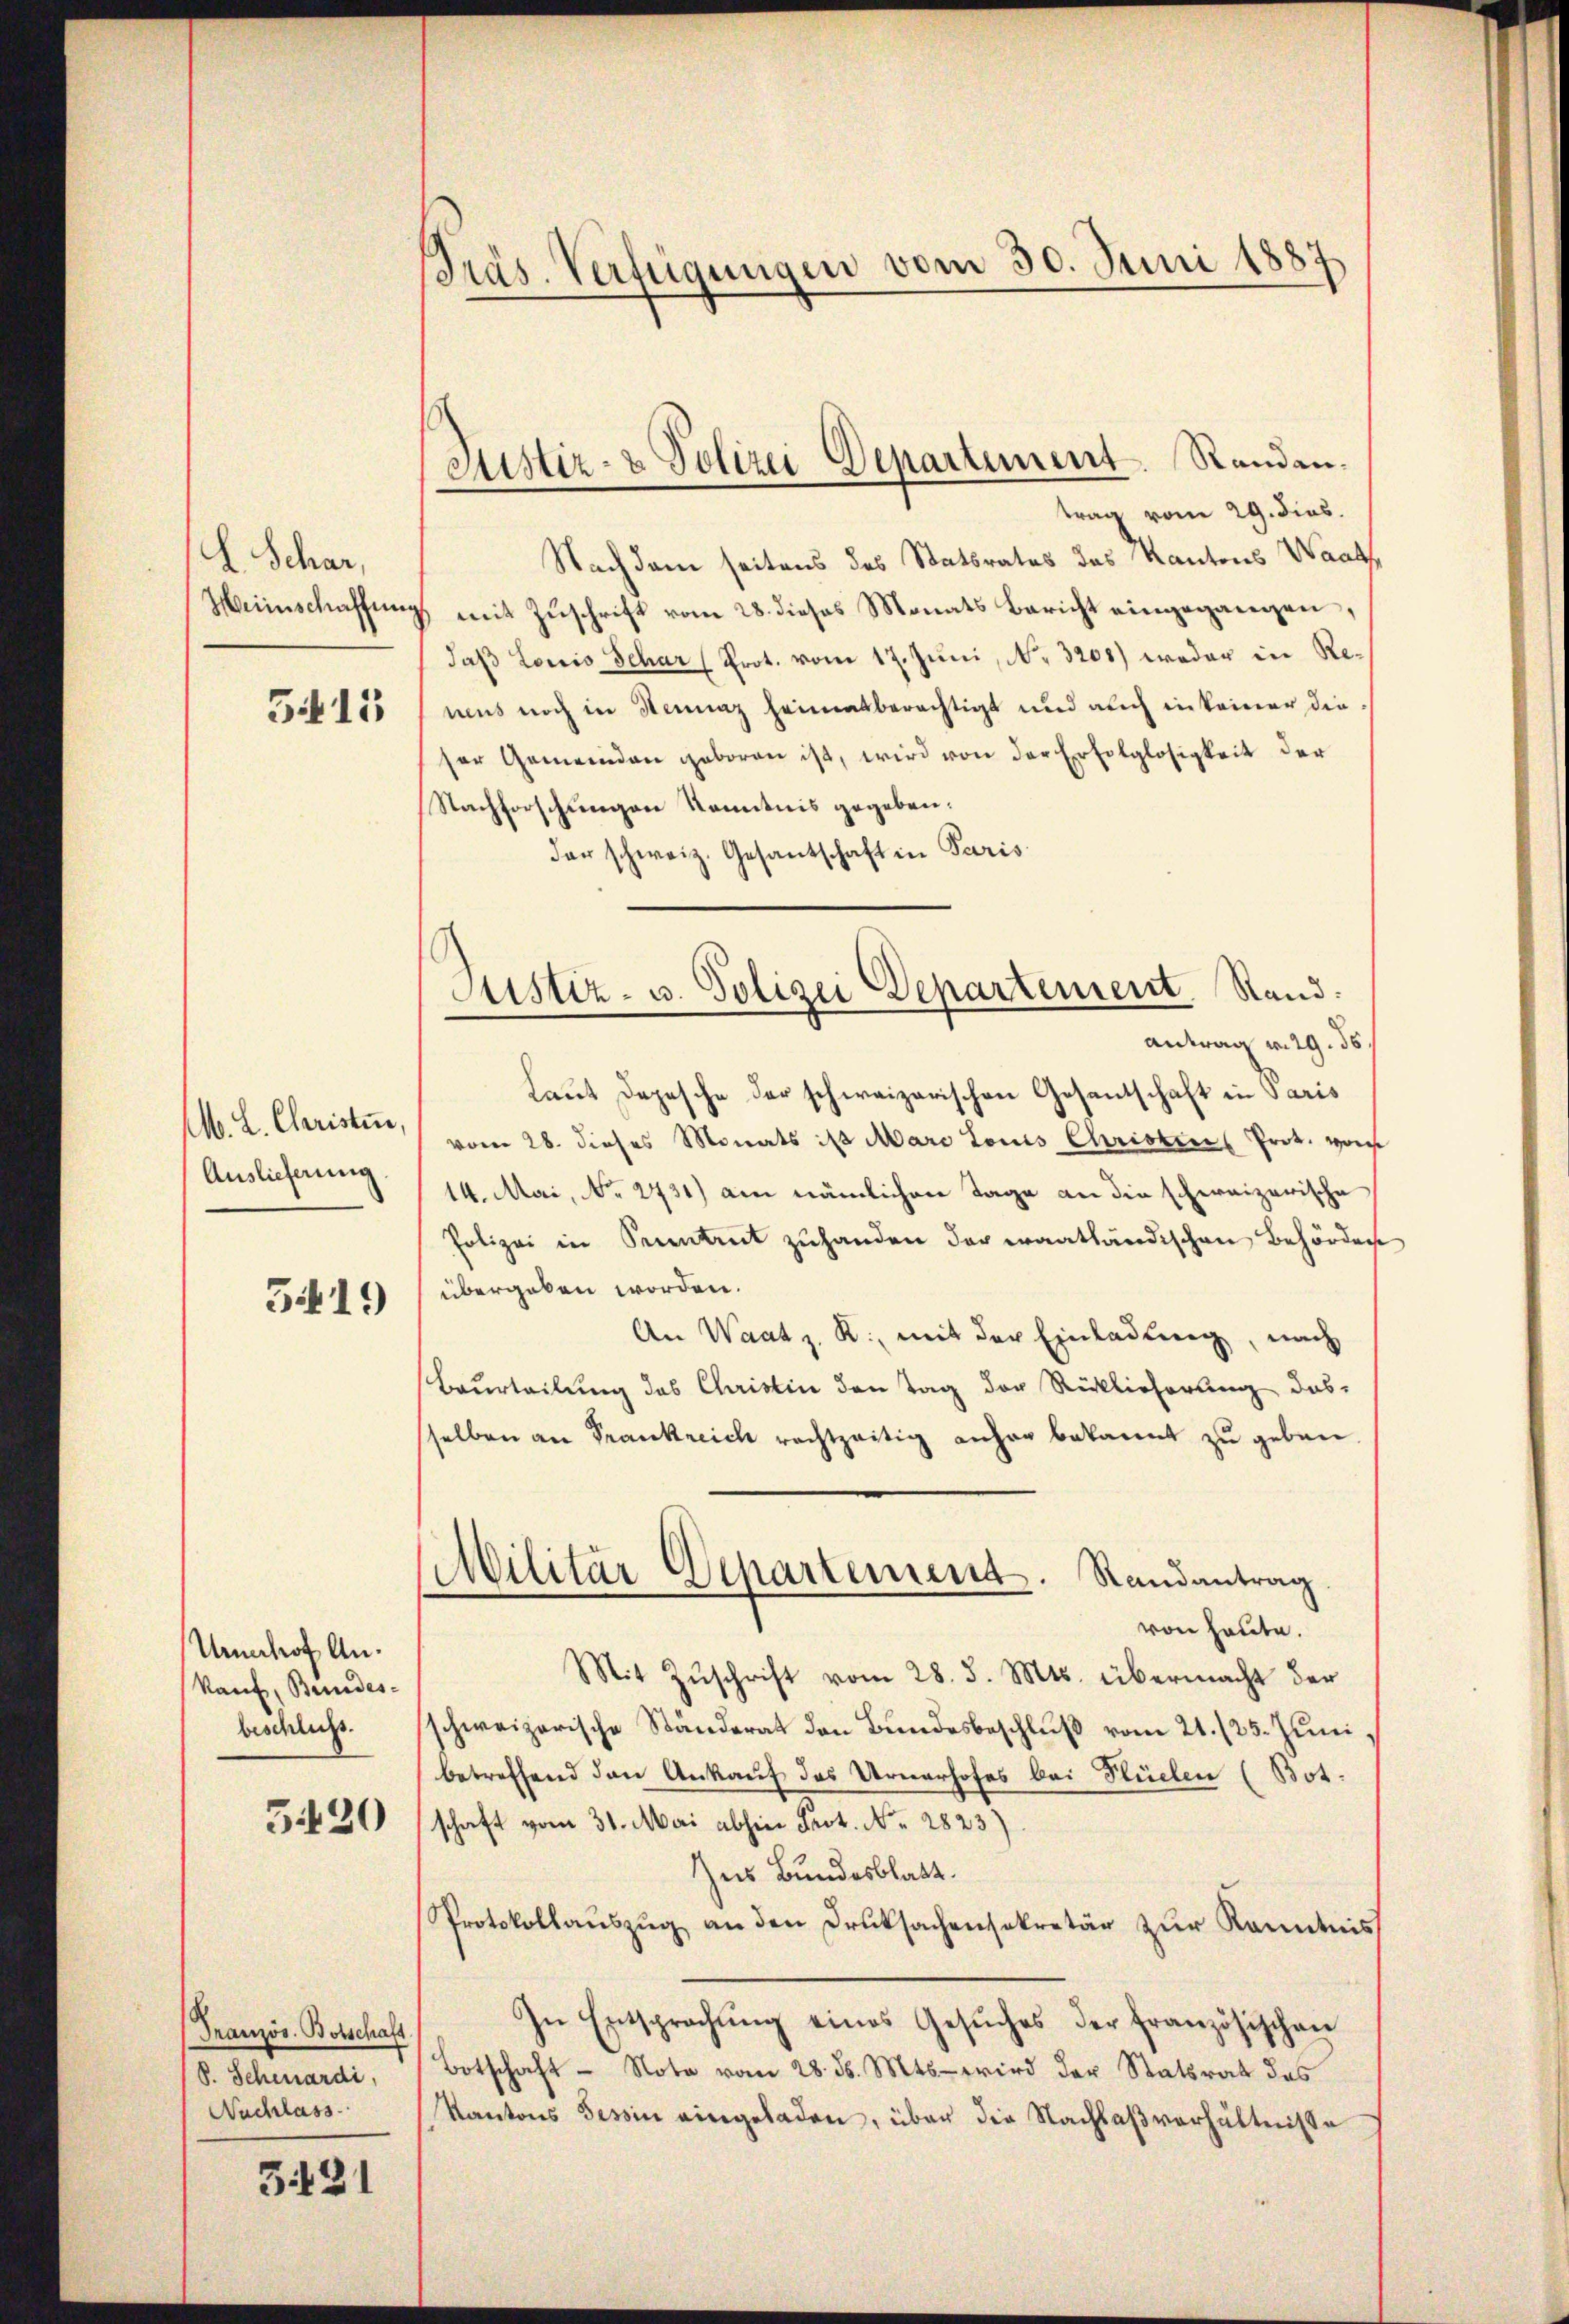
L. Schar,
Heinschaffung
515

M. L. Claristen,
Auslieferung
5419

Umhof Ankauf, Bundes-
beschluss.
3420

Französ. Botschaft
S. Schenardi,
Nachlass

3431

Präs. Verfügungen vom 30. Juni 1887.

Justiz- & Polizei Departement Randantrag vom 29. dies.

Nachdem seitens des Statsrates des Kantons Waath
1 mit Zuschrift vom 28. dieses Monats Bericht eingegangen,
daß Louis Schar (Prot. vom 17. Juni, No. 3200) weder in Remeus noch in Stennaz heimatberächtigt und auch in keiner die
ser Gemeinden geboren ist, wird von der Erfolglosigkeit der
Nachforschungen Kenntnis gegeben.
der schweiz. Gesantschaft in Paris
Laut Depesche der schweizerischen Gesantschaft in Paris
vom 28. dieses Monats ist Mare Louis Christen Prot. vom
14. Mai, No. 2731) am nämlichen Tage an die schereizerische
Polizei in Percentrut zuhanden der waathändischen Behörden
übergeben worden.
An Waatz. R. mit der Einladung, nach
Beurteilung des Christin den Tag der Rücklicherung das-
sselben an Frankreich rechtzeitig anher bekannt zu geben.
Militär Departement. Randantrag
von heute.
Mit Zŭschrift vom 28. d. Mts. übermacht der
schweizerische Ständerat den Bundesbeschluß vom 21./25. Juni
betreffend den Ankauf des Urnerhofes bei Flüelen (Bot.
schaft vom 31. Mai abhin Prot. N. 2823)
Zus Bundesblatt.
Protokollaŭszŭg an den Druksachensekretär zŭr Kenntnis
In Entsprachŭng eines Gesŭches der französischen
Botschaft - Note vom 28. d. Mts. wird der Statsrat des
Kantons Tessin eingeladen, über die Nachlaßverhältnisse

Justiz- u. Polizei Departement. Stand.
Antrag v. 29. 56.